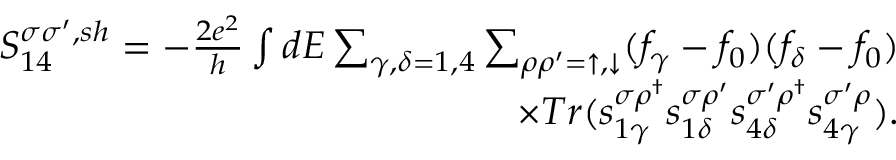
\begin{array} { r } { { S _ { 1 4 } ^ { \sigma \sigma ^ { \prime } , s h } } = - \frac { 2 e ^ { 2 } } { h } \int d E \sum _ { \gamma , \delta = 1 , 4 } \sum _ { \rho \rho ^ { \prime } = \uparrow , \downarrow } ( f _ { \gamma } - f _ { 0 } ) ( f _ { \delta } - f _ { 0 } ) } \\ { \times T r ( s _ { 1 \gamma } ^ { \sigma \rho ^ { \dagger } } s _ { 1 \delta } ^ { \sigma \rho ^ { \prime } } s _ { 4 \delta } ^ { \sigma ^ { \prime } \rho ^ { \dagger } } s _ { 4 \gamma } ^ { \sigma ^ { \prime } \rho } ) . } \end{array}